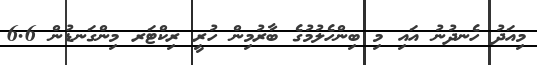
މިއަދު ހެނދުނު އައި މި ބިންހެލުމުގެ ބާރުމިން ހުރީ ރިކްޓަރ މިންގަނޑުން 6.6